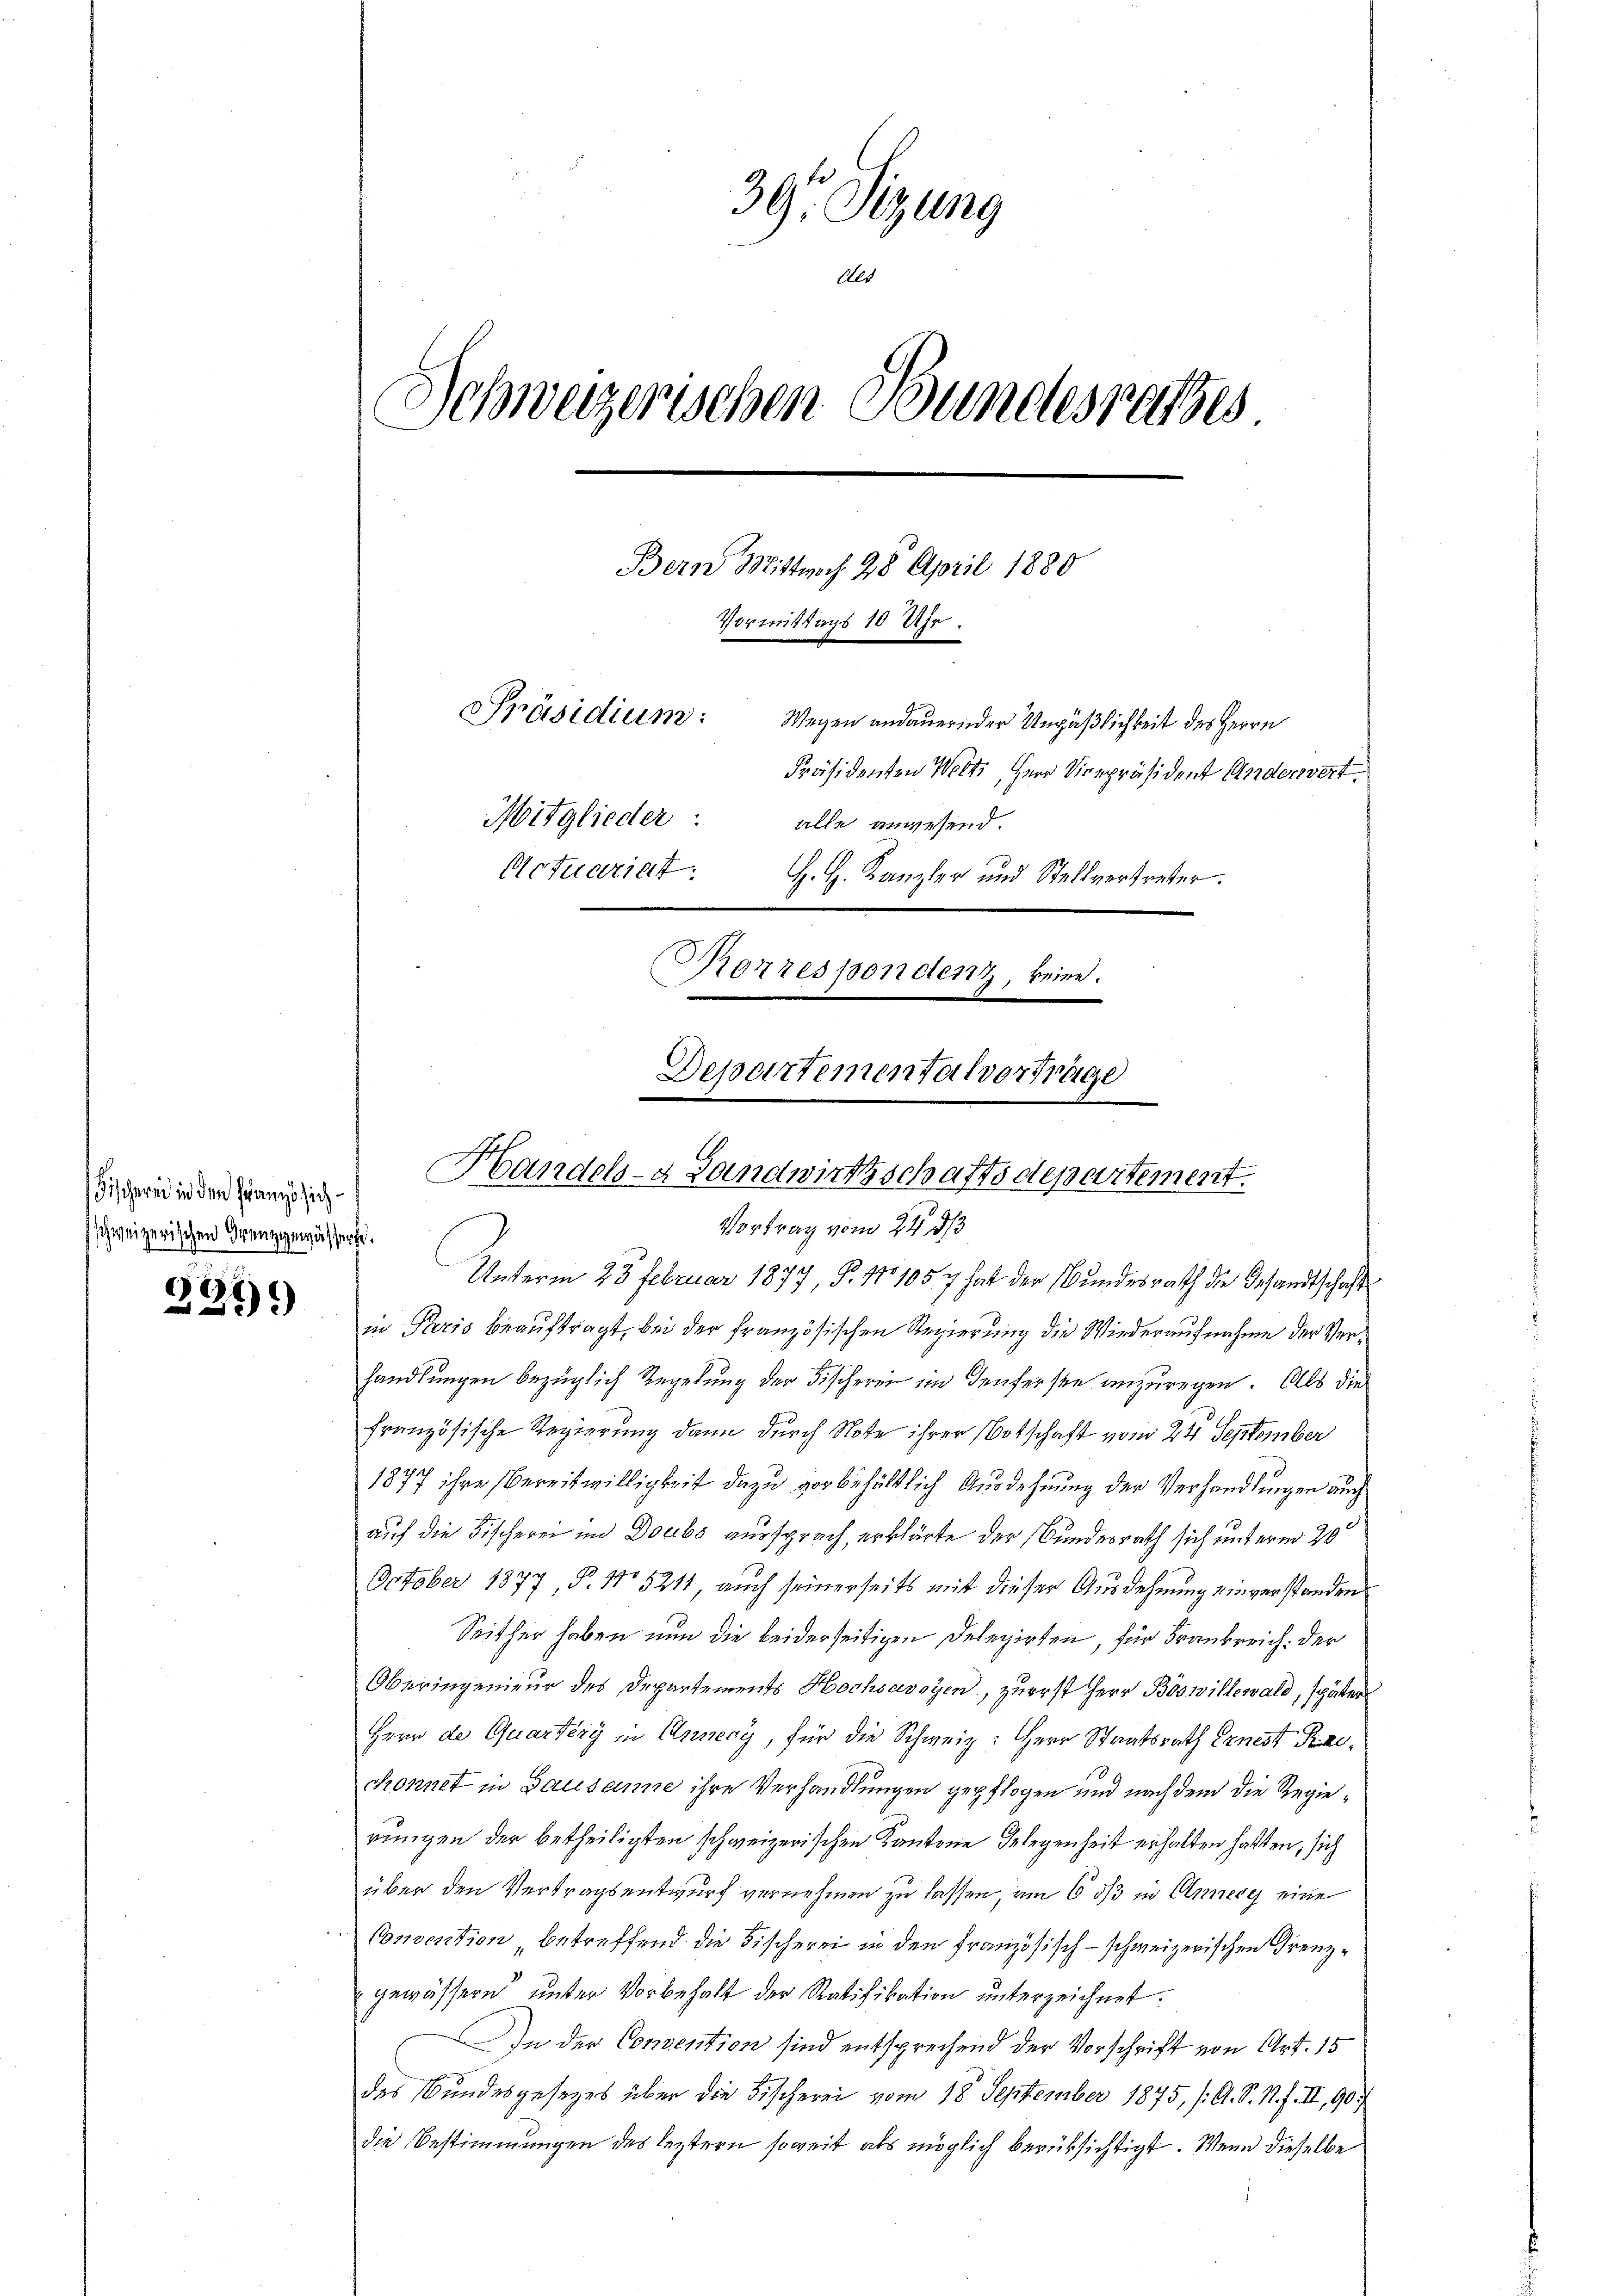
Fischerin in den Französich
schweizerischen Grenzgewässer.

8
321)

39. Sizung
Als
Schweizerischen Bundesrathes
Bern Mittwoch 28 April 1880
Vormittags 10 Uhr.
Präsidium:
Wegen andauernder Unpäßlichkeit des Herrn
Präsidenten Welti, Herr Vicepräsident Anderwert.
Mitglieder:
alle anwesend.
Actuariat.
H. H. Kanzler und Stellvertreter.
Rorrespondert, keine.
Departementalverträge

in Paris beauftragt, bei der französischen Regierung die Wiederaufnahme der Verhandlungen bezüglich Regelung der Fischerei im denserste anzuregen. Als die
französische Regierung dann durch Note ihrer Botschaft vom 24 September
1877 ihre Bereitwilligkeit dazu vorbehältlich Ausdehnung der Verhandlungen auch
auf die Fischerei im Doubs aussprach, erklärte der Bundesrath sich unterm 20.
October 1877, P. No 5211, auch seinerseits mit dieser Ausdehnung einverstanden
Seither haben nun die beiderseitigen Delegirten, für Frankreich. der
Oberingenieur des Departements Hochsavoyen, zuerst Herr Böswillewald, später
Herr de Quartirg in Annecy, für die Schweiz: Herr Staatsrath Ernest Rechonnet in Bausanne ihre Verhandlungen gepflogen und nach dem die Regierungen der betheiligten schweizerischen Kantone Gelegenheit erhalten hatten, sich
über den Vertragsentwurf vernehmen zu lassen, am 6 dß in Annere eine
Convention betreffend die Fischerei in den französisch-schweizerischen Grenzgewässern unter Vorbehalt der Ratifikation unterzeichnet.
An der Convention sind entsprechend der Vorschrift von Art. 15
des Bundesgesezes über die Fischerei vom 18. September 1875, /A. S. R. F. II, 90
die Bestimmungen des leztern soweit als möglich berüksichtigt. Wenn dieselbe

Handels- & Landwirthschaftsdepartement.
Vortrag vom 24. ds
Unterm 23. Februar 1877, P. 11. 1057 hat der Bundesrath die Gesandtschaft